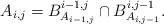
LaTeX: \begin{align*}A_{i, j} = B^{i-1, j}_{A_{i-1, j}} \cap B^{i, j-1}_{A_{i, j-1}}.\end{align*}